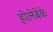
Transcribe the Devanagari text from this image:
होलेबेके